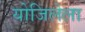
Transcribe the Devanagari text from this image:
योजिलेला